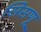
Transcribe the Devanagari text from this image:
सिसणू